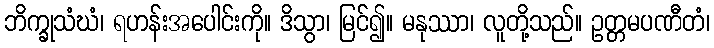
ဘိက္ခုသံဃံ၊ ရဟန်းအပေါင်းကို။ ဒိသွာ၊ မြင်၍။ မနုဿာ၊ လူတို့သည်။ ဥတ္တမပဏီတံ၊